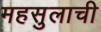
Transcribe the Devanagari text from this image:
महसुलाची